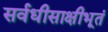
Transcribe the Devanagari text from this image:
सर्वधीसाक्षीभूतं